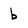
Character: b